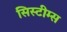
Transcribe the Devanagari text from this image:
सिस्टीम्स